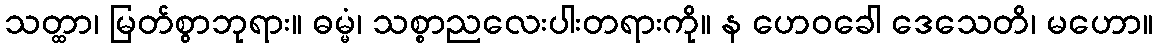
သတ္ထာ၊ မြတ်စွာဘုရား။ ဓမ္မံ၊ သစ္စာညလေးပါးတရားကို။ န ဟေဝခေါ ဒေသေတိ၊ မဟော။